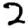
Digit: 2